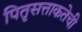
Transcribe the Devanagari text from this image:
पितृसत्ताकतेची